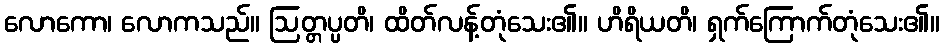
လောကော၊ လောကသည်။ ဩတ္တပ္ပတိ၊ ထိတ်လန့်တုံသေး၏။ ဟိရိယတိ၊ ရှက်ကြောက်တုံသေး၏။